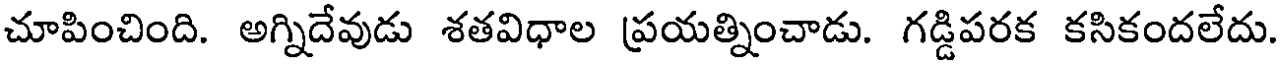
చూపించింది. అగ్నిదేవుడు శతవిధాల ప్రయత్నించాడు. గడ్డిపరక కసికందలేదు.